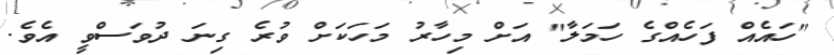
"ހައެއް ފަހެއްގެ ހަމަލާ" އަށް މިހާރު މަހަކަށް ވުރެ ގިނަ ދުވަސްވީ އެވެ.